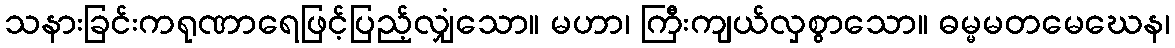
သနားခြင်းကရုဏာရေဖြင့်ပြည့်လျှံသော။ မဟာ၊ ကြီးကျယ်လှစွာသော။ ဓမ္မမတမေဃေန၊